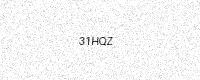
Text: 31HQZ